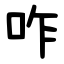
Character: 咋